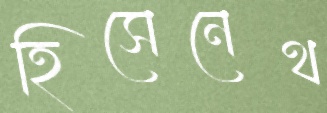
হিসেনেথ